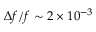
\Delta { f } / f \sim 2 \times 1 0 ^ { - 3 }